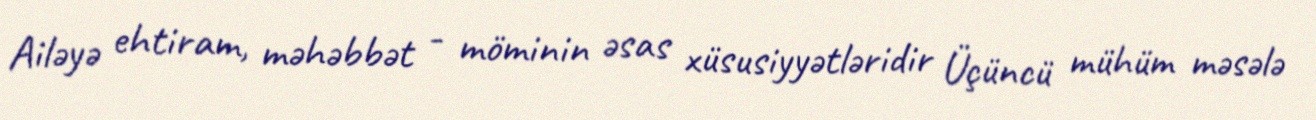
Ailəyə ehtiram, məhəbbət - möminin əsas xüsusiyyətləridir Üçüncü mühüm məsələ